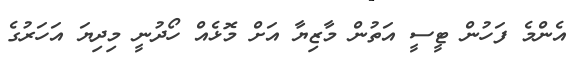
އެންމެ ފަހުން ޓީސީ އަތުން މާޒިޔާ އަށް މޮޅެއް ހޯދުނީ މިދިޔަ އަހަރުގެ